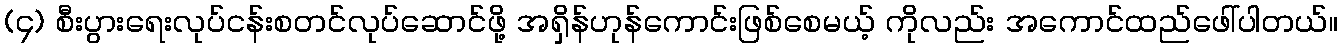
(၄) စီးပွားရေးလုပ်ငန်းစတင်လုပ်ဆောင်ဖို့ အရှိန်ဟုန်ကောင်းဖြစ်စေမယ့် ကိုလည်း အကောင်ထည်ဖေါ်ပါတယ်။